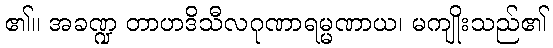
၏။ အခဏ္ဍ တာဟဒိသီလဂုဏာရမ္မဏာယ၊ မကျိုးသည်၏